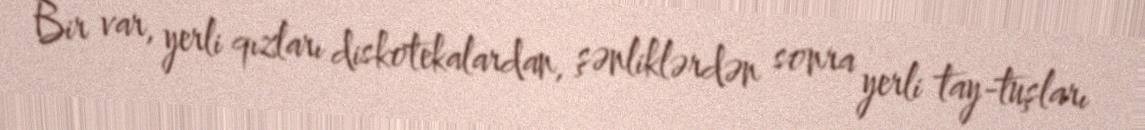
Bir var, yerli qızları diskotekalardan, şənliklərdən sonra yerli tay-tuşları